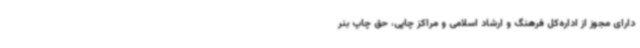
دارای مجوز از اداره‌کل فرهنگ و ارشاد اسلامی و مراکز چاپی، حق چاپ بنر